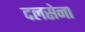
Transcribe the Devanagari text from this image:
दलसेना